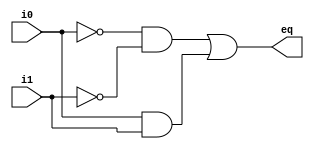
`timescale 1ns / 1ps

module eq1
	// I/0 ports
	(
		input wire i0, i1,
		output wire eq
	);
	
	//signal declaration
	wire p0, p1;
	
	//body
	//sum of two product terms
	assign eq = p0 | p1;
	//product terms
	assign p0 = ~i0 & ~i1;
	assign p1 = i0 & i1;
endmodule